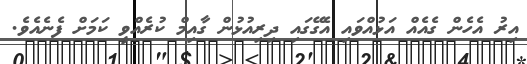
އިރު އެހެން ގެއެއް އަޅުއްވައި އެގޭގައި ދިރިއުޅުން ގާއިމް ކުރެއްވީ ކަމަށް ފެނެއެވެ.